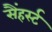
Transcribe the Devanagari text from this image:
सैंहर्स्ट